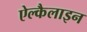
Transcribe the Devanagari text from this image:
ऐल्कैलाइन